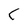
Character: C